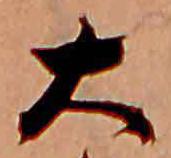
大